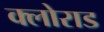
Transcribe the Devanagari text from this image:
क्लोराड